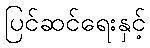
ပြင်ဆင်ရေးနှင့်